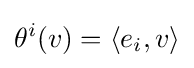
\theta ^{i}(v)=\langle e_{i},v\rangle